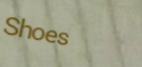
Shoes